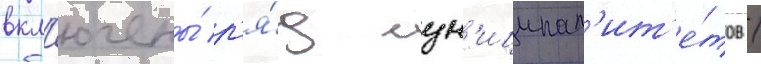
вкл'ючены́ р'я́д мун'иципал'ит'е́тов /